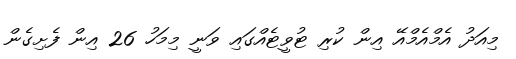
މިއަދު އެމްއެމްއޭ އިން ކުރި ޓުވީޓެއްގައި ވަނީ މިމަހު 26 އިން ފެށިގެން